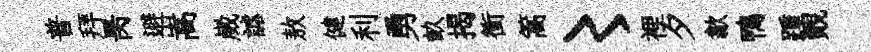
普拜昺避嵩崴謔敖健利勇畝揭衝篙〻裡夕歙鴨踵覿